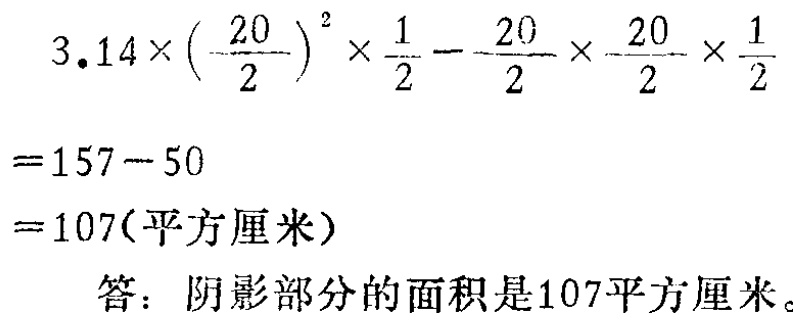
\[

\begin{align*}

&3.14\times\left(\frac{20}{2}\right)^{2}\times\frac{1}{2}-\frac{20}{2}\times\frac{20}{2}\times\frac{1}{2}\\

=&157 - 50\\

=&107(\text{平方厘米})

\end{align*}

\]

答：阴影部分的面积是107平方厘米。